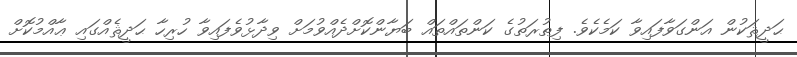
ޙަދީޘަކުން އަންގަވާފައިވާ ކަމެކެވެ. ފިޠުރަތުގެ ކަންތައްތައް ބަޔާންކޮށްދެއްވުމަށް ވިދާޅުވެފައިވާ ހުރިހާ ޙަދީޘެއްގައި ޢާއްމުކޮށް